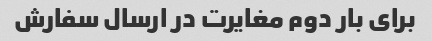
برای بار دوم مغایرت در ارسال سفارش